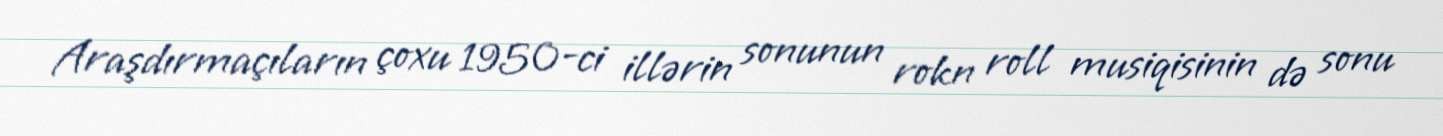
Araşdırmaçıların çoxu 1950-ci illərin sonunun rokn roll musiqisinin də sonu